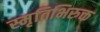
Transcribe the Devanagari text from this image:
स्मृतिभिरुक्त